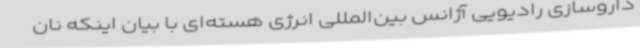
داروسازی رادیویی آژانس بین‌المللی انرژی هسته‌ای با بیان اینکه نان